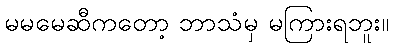
မမမေဆီကတော့ ဘာသံမှ မကြားရဘူး။